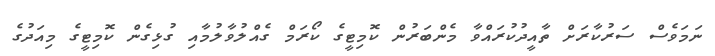
ނަމަވެސް ސަރުކާރަށް ތާއީދުކުރައްވާ މެންބަރުން ކޮމިޓީގެ ކޯރަމް ގެއްލުވާލުމާއި ގުޅިގެން ކޮމިޓީގެ މިއަދުގެ